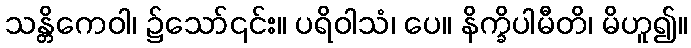
သန္တိကေဝါ၊ ၌သော်၎င်း။ ပရိဝါသံ၊ ပေ။ နိက္ခိပါမီတိ၊ မိဟူ၍။